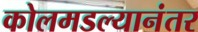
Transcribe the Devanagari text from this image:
कोलमडल्यानंतर